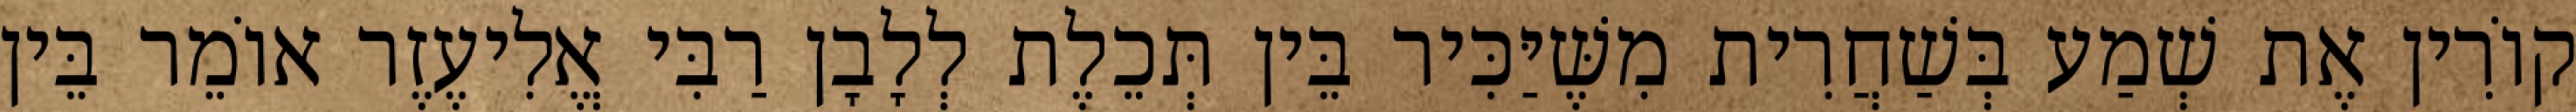
קוֹרִין אֶת שְׁמַע בְּשַׁחֲרִית מִשֶּׁיַּכִּיר בֵּין תְּכֵלֶת לְלָבָן רַבִּי אֱלִיעֶזֶר אוֹמֵר בֵּין